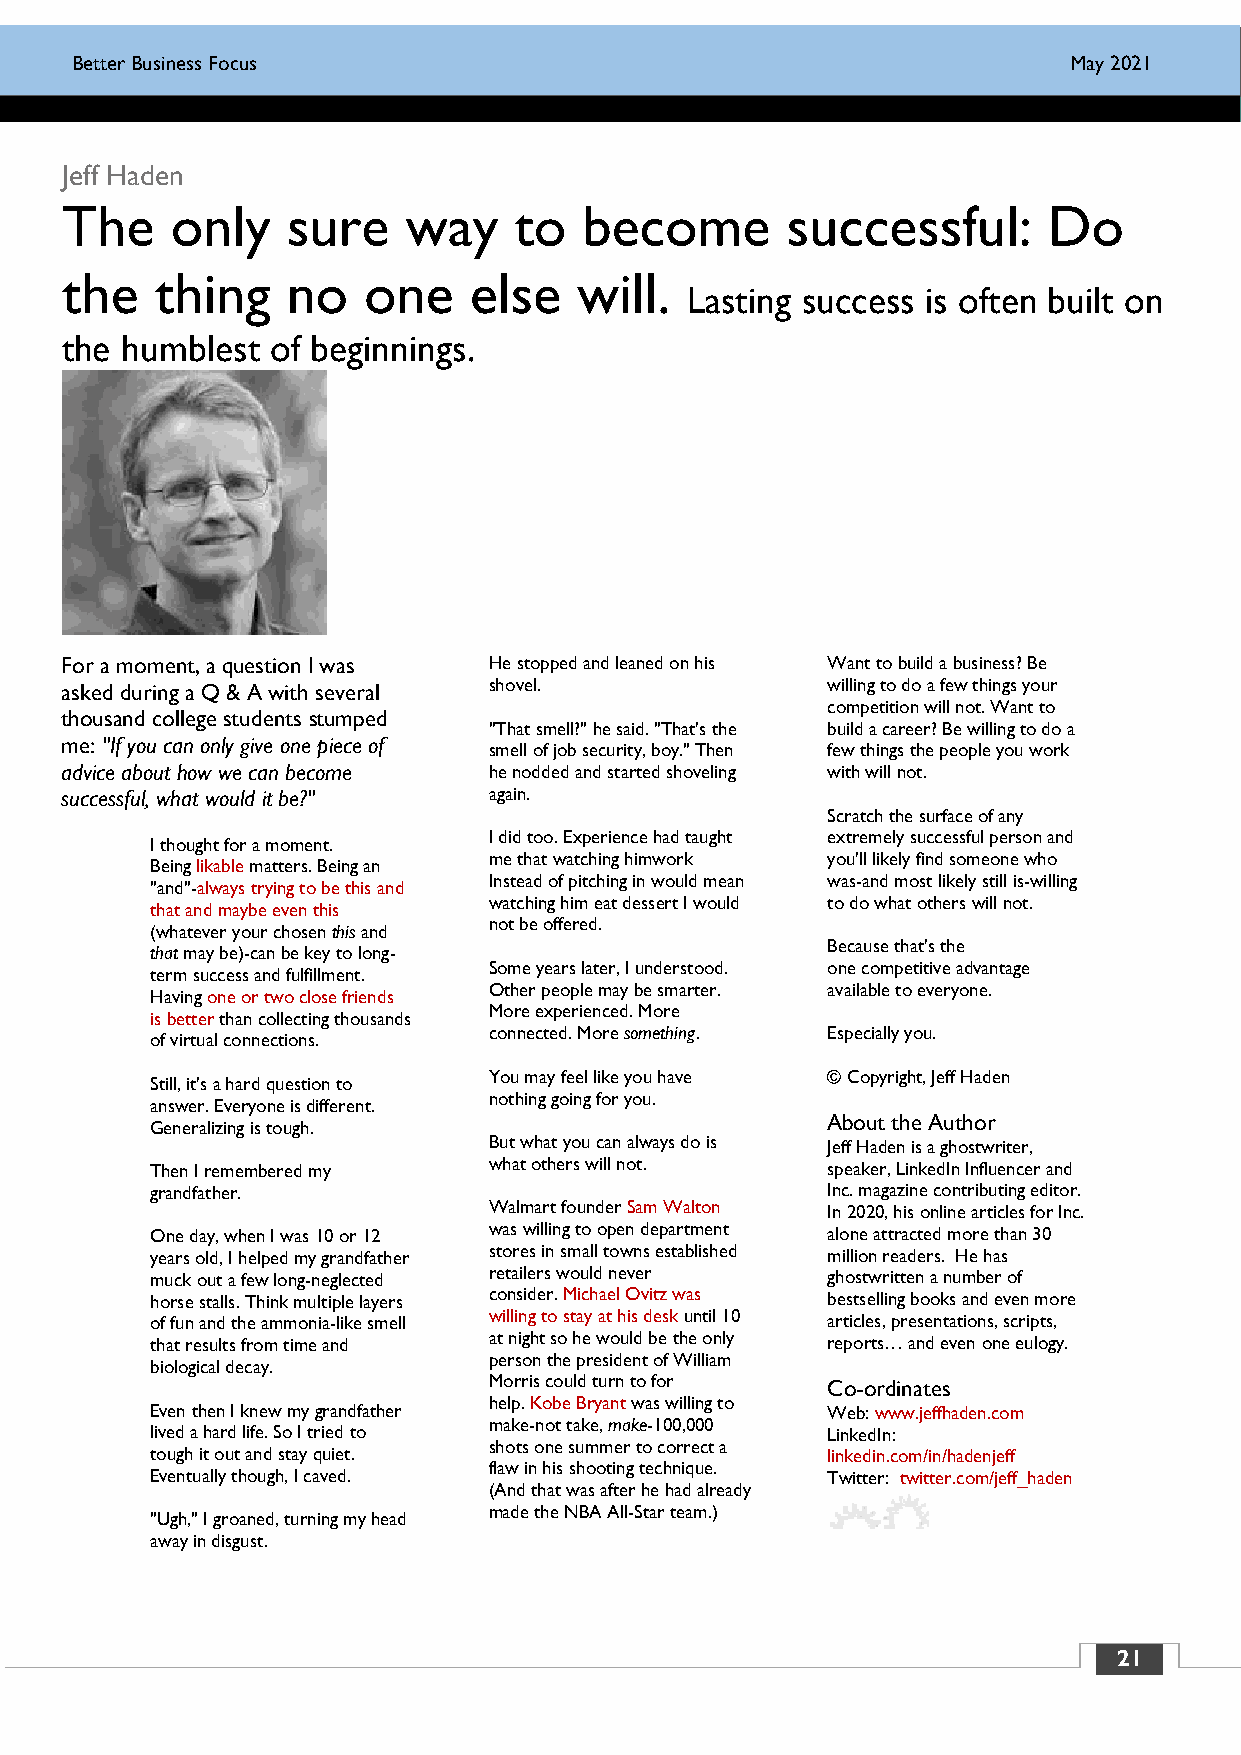
BBBeeetttttteeerrr BBBuuusssiiinnneeessssss FFFooocccuuusss       JJMuunnayee 222000211155
 Jeff Haden
 The    only    sure    way    to   become       successful:      Do
 the   thing    no   one    else   will.
 Lasting success is often built on
 the humblest  of beginnings.
 For a moment, a question I was He stopped and leaned on his Want to build a business? Be
 asked during a Q & A with several shovel.          willing to do a few things your
 competition will not. Want to
 thousand college students stumped
 "That smell?" he said. "That's the build a career? Be willing to do a
 me: "If you can only give one piece of
 smell of job security, boy." Then few things the people you work
 advice about how we can become he nodded and started shoveling with will not.
 successful, what would it be?" again.
 Scratch the surface of any
 I did too. Experience had taught extremely successful person and
 I thought for a moment.
 me that watching himwork you'll likely find someone who
 Being likable matters. Being an
 Instead of pitching in would mean was-and most likely still is-willing
 "and"-always trying to be this and
 watching him eat dessert I would to do what others will not.
 that and maybe even this
 not be offered.
 (whatever your chosen this and
 Because that's the
 that may be)-can be key to long-
 Some years later, I understood. one competitive advantage
 term success and fulfillment.
 Other people may be smarter. available to everyone.
 Having one or two close friends
 More experienced. More
 is better than collecting thousands
 connected. More something. Especially you.
 of virtual connections.
 You may feel like you have © Copyright, Jeff Haden
 Still, it's a hard question to
 nothing going for you.
 answer. Everyone is different.
 About the Author
 Generalizing is tough.
 But what you can always do is Jeff Haden is a ghostwriter,
 Then I remembered my  what others will not.  speaker, LinkedIn Influencer and
 grandfather.                                 Inc. magazine contributing editor.
 Walmart founder Sam Walton In 2020, his online articles for Inc.
 One day, when I was 10 or 12 was willing to open department alone attracted more than 30
 years old, I helped my grandfather stores in small towns established million readers. He has
 muck out a few long-neglected retailers would never ghostwritten a number of
 horse stalls. Think multiple layers consider. Michael Ovitz was bestselling books and even more
 of fun and the ammonia-like smell willing to stay at his desk until 10 articles, presentations, scripts,
 that results from time and at night so he would be the only reports… and even one eulogy.
 biological decay.
 person the president of William
 Morris could turn to for Co-ordinates
 help. Kobe Bryant was willing to
 Even then I knew my grandfather              Web: www.jeffhaden.com
 make-not take, make-100,000
 lived a hard life. So I tried to             LinkedIn:
 shots one summer to correct a
 tough it out and stay quiet.                 linkedin.com/in/hadenjeff
 flaw in his shooting technique.
 Eventually though, I caved.                  Twitter: twitter.com/jeff_haden
 (And that was after he had already
 made the NBA All-Star team.)
 "Ugh," I groaned, turning my head
 away in disgust.
 21